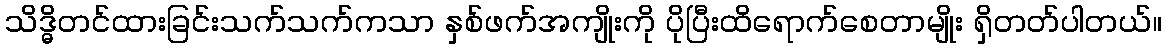
သိဒ္ဓိတင်ထားခြင်းသက်သက်ကသာ နှစ်ဖက်အကျိုးကို ပိုပြီးထိရောက်စေတာမျိုး ရှိတတ်ပါတယ်။